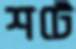
শটে